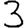
Digit: 3